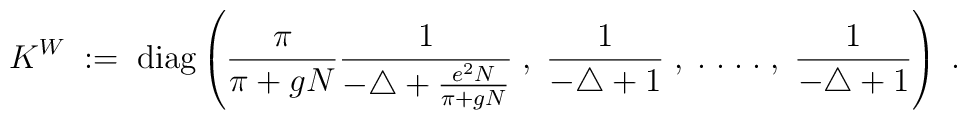
K^W \; := \; \mbox{diag} \left(\frac{\pi}{\pi + gN} \frac{1}{-\triangle+\frac{e^2N}{\pi + gN}} \; , \;\frac{1}{-\triangle +1}\; , \; . \; . \; . \; . \; , \;\frac{1}{-\triangle +1} \right) \; .